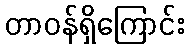
တာဝန်ရှိကြောင်း